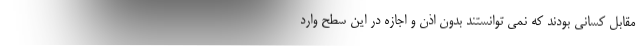
مقابل کسانی بودند که نمی توانستند بدون اذن و اجازه در این سطح وارد